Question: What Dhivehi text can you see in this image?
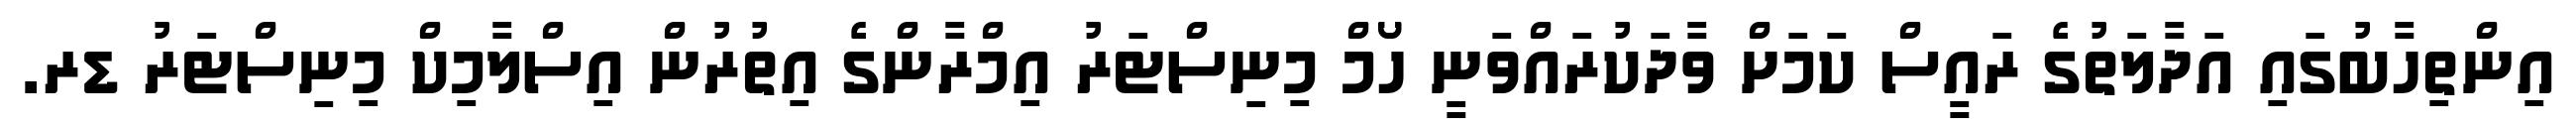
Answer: އިންތިހާބުގައި އަދާލަތުގެ ރައީސް ކަމަށް ވާދަކުރައްވަނީ ހޯމް މިނިސްޓަރު އިމްރާންގެ އިތުރުން އިސްލާމިކް މިނިސްޓަރު ޑރ.